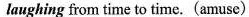
aughing from time to time. (amuse)